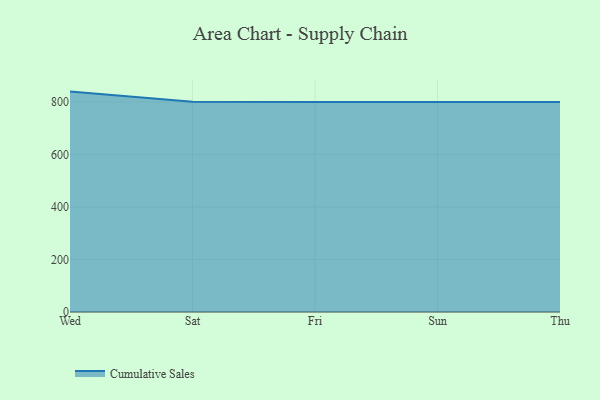
{"axis": {"x": "Day", "y": "Gross Profit (USD K)"}, "legend": ["Cumulative Sales"], "data": [{"x": "Wed", "y": 839.9, "type": "Cumulative Sales"}, {"x": "Sat", "y": 801.4, "type": "Cumulative Sales"}, {"x": "Fri", "y": 800, "type": "Cumulative Sales"}, {"x": "Sun", "y": 800, "type": "Cumulative Sales"}, {"x": "Thu", "y": 800, "type": "Cumulative Sales"}]}